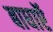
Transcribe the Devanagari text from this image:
बाधाऍ